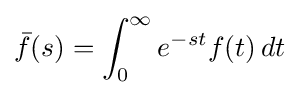
{\bar {f}}(s)=\int _{0}^{\infty }e^{-st}f(t)\,dt